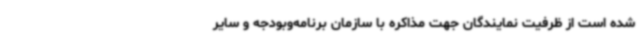
شده است از ظرفیت نمایندگان جهت مذاکره با سازمان برنامه‌وبودجه و سایر